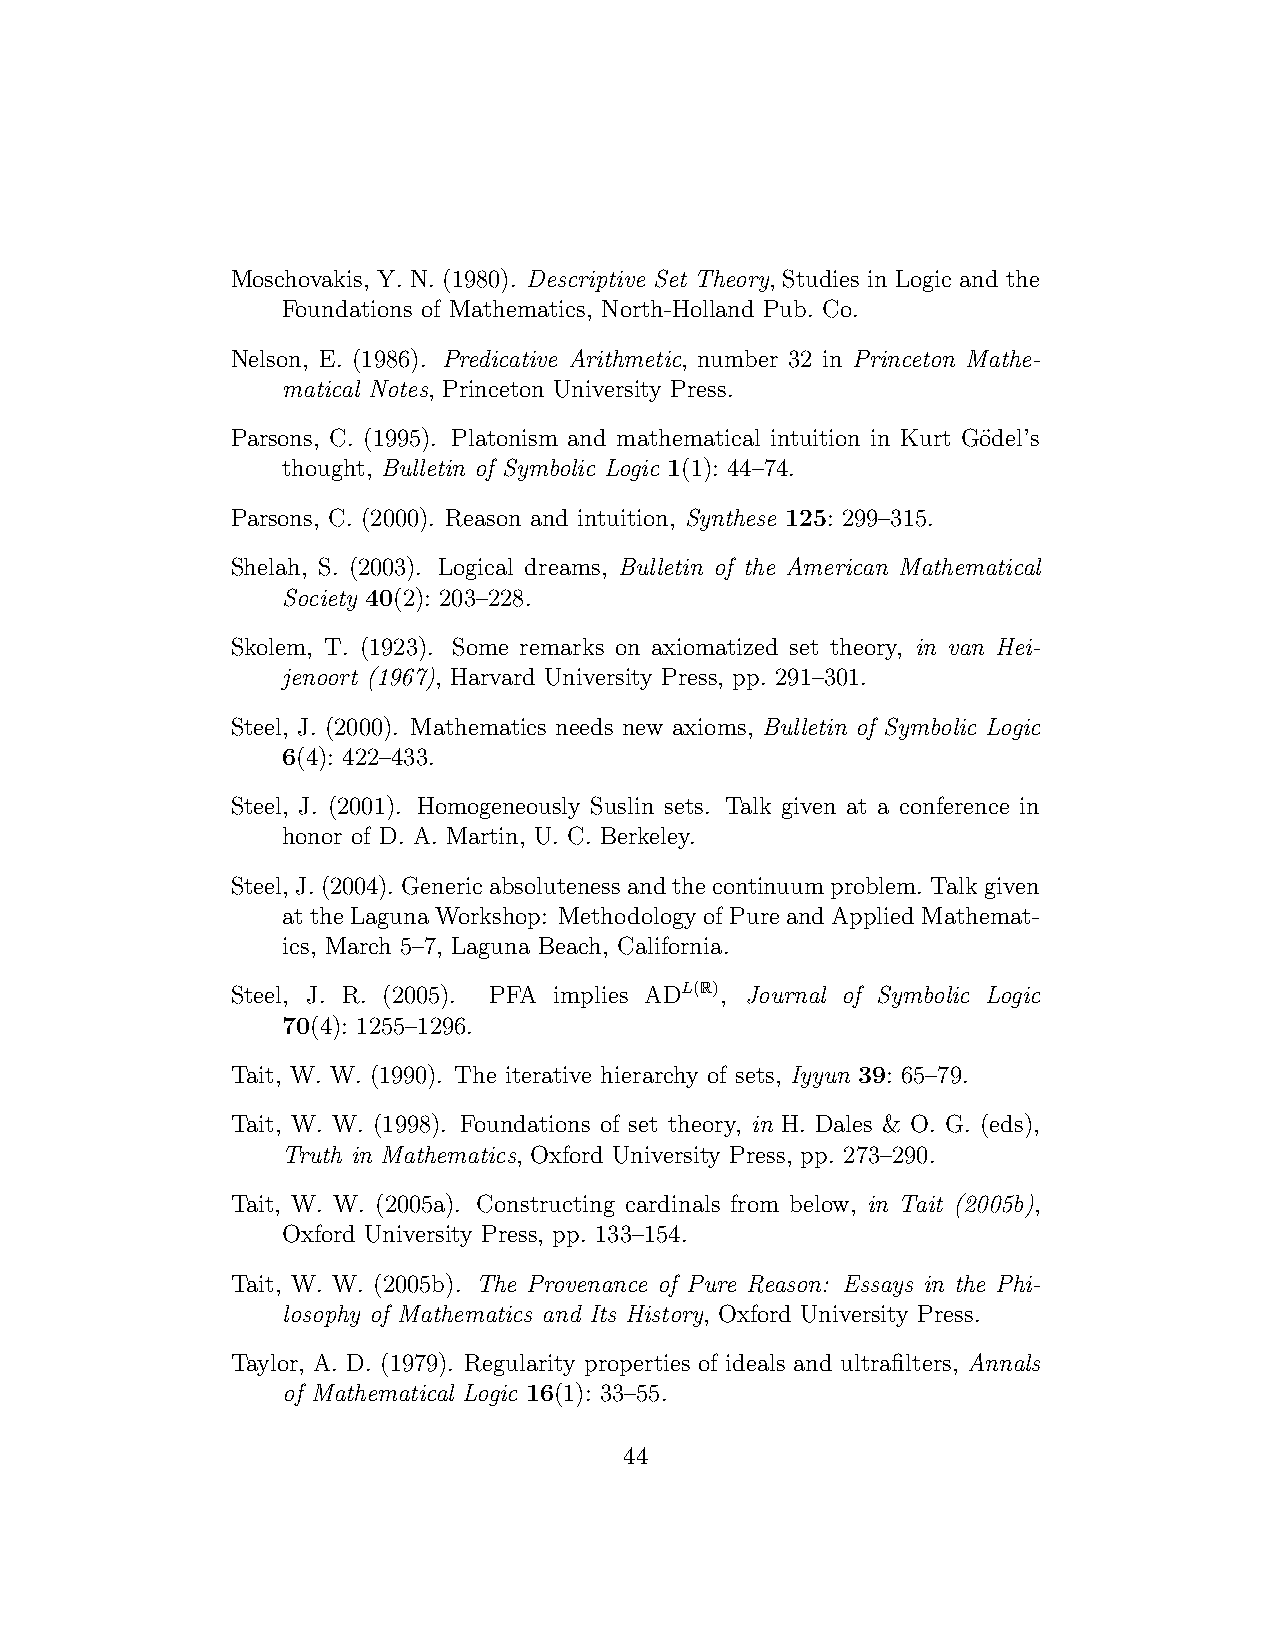
Moschovakis, Y. N. (1980). Descriptive Set Theory, Studies in Logic and the
 Foundations of Mathematics, North-Holland Pub. Co.
 Nelson, E. (1986). Predicative Arithmetic, number 32 in Princeton Mathe-
 matical Notes, Princeton University Press.
 Parsons, C. (1995). Platonism and mathematical intuition in Kurt G¨odel’s
 thought, Bulletin of Symbolic Logic 1(1): 44–74.
 Parsons, C. (2000). Reason and intuition, Synthese 125: 299–315.
 Shelah, S. (2003). Logical dreams, Bulletin of the American Mathematical
 Society 40(2): 203–228.
 Skolem, T. (1923). Some remarks on axiomatized set theory, in van Hei-
 jenoort (1967), Harvard University Press, pp. 291–301.
 Steel, J. (2000). Mathematics needs new axioms, Bulletin of Symbolic Logic
 6(4): 422–433.
 Steel, J. (2001). Homogeneously Suslin sets. Talk given at a conference in
 honor of D. A. Martin, U. C. Berkeley.
 Steel, J.(2004). Genericabsolutenessandthecontinuumproblem. Talkgiven
 at the Laguna Workshop: Methodology of Pure and Applied Mathemat-
 ics, March 5–7, Laguna Beach, California.
 Steel, J. R. (2005). PFA implies
 ADL(R),
 Journal of Symbolic Logic
 70(4): 1255–1296.
 Tait, W. W. (1990). The iterative hierarchy of sets, Iyyun 39: 65–79.
 Tait, W. W. (1998). Foundations of set theory, in H. Dales & O. G. (eds),
 Truth in Mathematics, Oxford University Press, pp. 273–290.
 Tait, W. W. (2005a). Constructing cardinals from below, in Tait (2005b),
 Oxford University Press, pp. 133–154.
 Tait, W. W. (2005b). The Provenance of Pure Reason: Essays in the Phi-
 losophy of Mathematics and Its History, Oxford University Press.
 Taylor, A. D. (1979). Regularity properties of ideals and ultrafilters, Annals
 of Mathematical Logic 16(1): 33–55.
 44